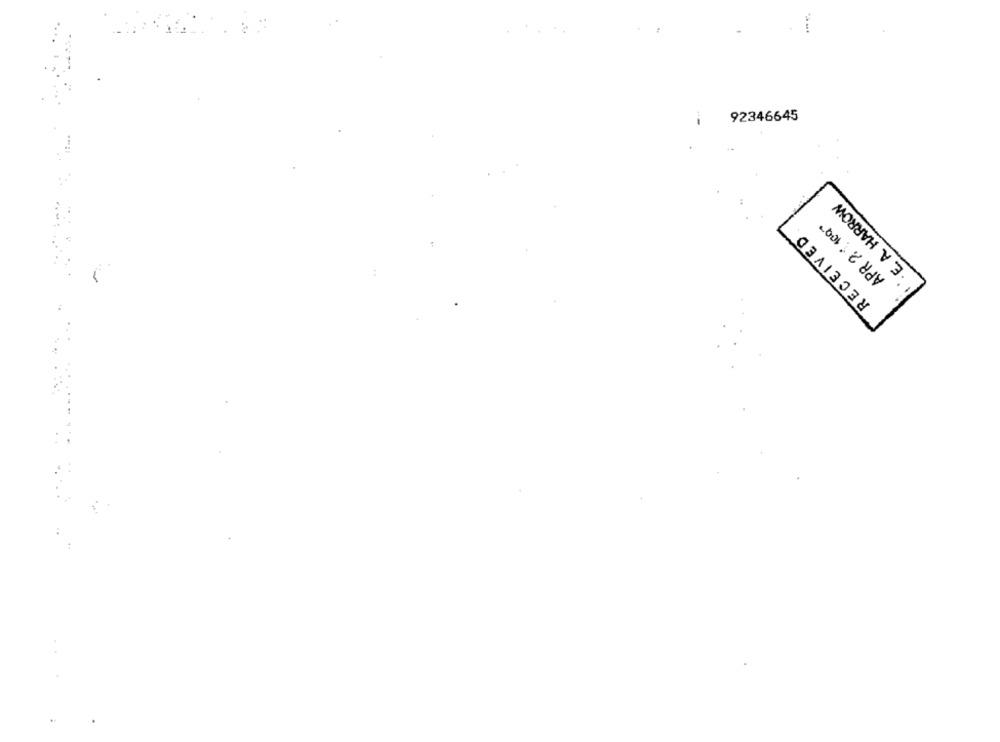
92346645
' .E. A. HARROW
APR 2. 1 100"
RECEIVED